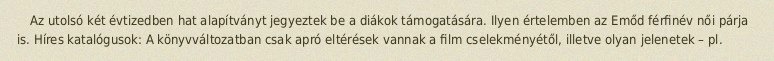
Az utolsó két évtizedben hat alapítványt jegyeztek be a diákok támogatására. Ilyen értelemben az Emőd férfinév női párja is. Híres katalógusok: A könyvváltozatban csak apró eltérések vannak a film cselekményétől, illetve olyan jelenetek – pl.